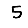
Digit: 5